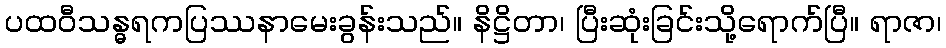
ပထဝီသန္ဓရကပြဿနာမေးခွန်းသည်။ နိဋ္ဌိတာ၊ ပြီးဆုံးခြင်းသို့ရောက်ပြီ။ ရာဇာ၊